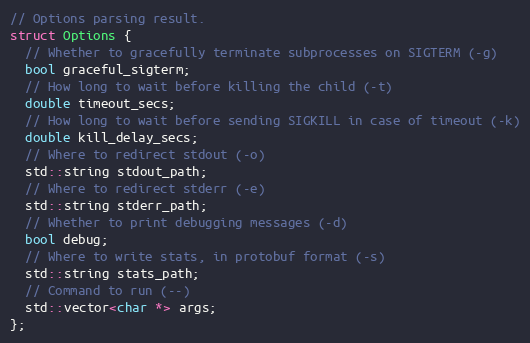
Language: C
// Options parsing result.
struct Options {
  // Whether to gracefully terminate subprocesses on SIGTERM (-g)
  bool graceful_sigterm;
  // How long to wait before killing the child (-t)
  double timeout_secs;
  // How long to wait before sending SIGKILL in case of timeout (-k)
  double kill_delay_secs;
  // Where to redirect stdout (-o)
  std::string stdout_path;
  // Where to redirect stderr (-e)
  std::string stderr_path;
  // Whether to print debugging messages (-d)
  bool debug;
  // Where to write stats, in protobuf format (-s)
  std::string stats_path;
  // Command to run (--)
  std::vector<char *> args;
};